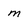
Character: m